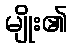
မျိုး၏